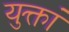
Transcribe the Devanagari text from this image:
युक्तां